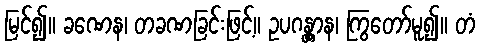
မြင်၍။ ခဏေန၊ တခဏခြင်းဖြင့်။ ဥပဂန္တွာန၊ ကြွတော်မူ၍။ တံ